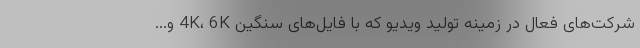
شرکت‌های فعال در زمینه تولید ویدیو که با فایل‌های سنگین 4K، 6K و...